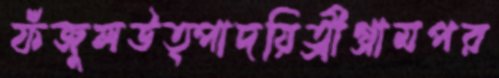
ফঁজুলউত্পাদয়িত্রীগ্রামপর